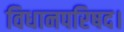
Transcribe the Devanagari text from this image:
विधानपरिषद।